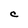
Character: C